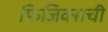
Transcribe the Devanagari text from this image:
फिजिक्सची